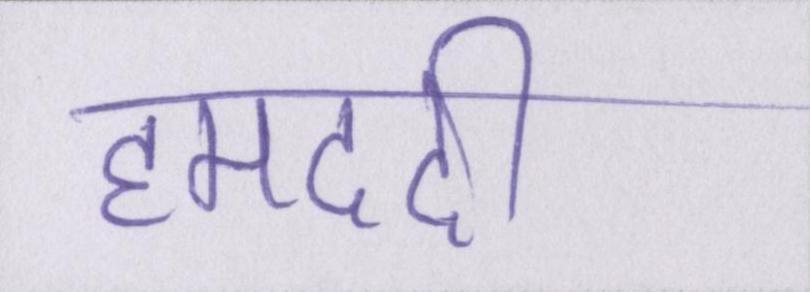
हमदर्दी